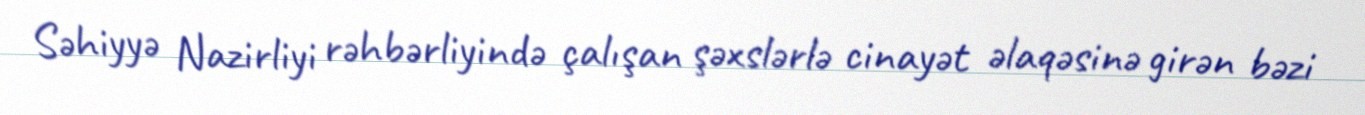
Səhiyyə Nazirliyi rəhbərliyində çalışan şəxslərlə cinayət əlaqəsinə girən bəzi